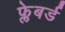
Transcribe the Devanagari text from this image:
फ्लेबर्ड